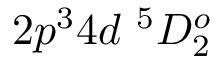
{ 2 p ^ { 3 } 4 d ~ ^ { 5 } D _ { 2 } ^ { o } }